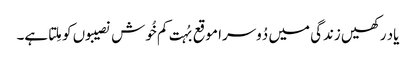
یاد رکھیں زندگی میں دُوسرا موقع بُہت کم خُوش نصیبوں کو مِلتا ہے۔